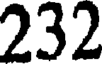
232